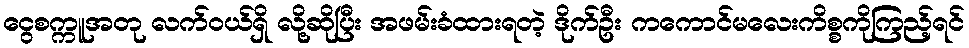
ငွေစက္ကူအတု လက်ဝယ်ရှိ လို့ဆိုပြီး အဖမ်းခံထားရတဲ့ ဒိုက်ဦး ကကောင်မလေးကိစ္စကိုကြည့်ရင်